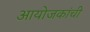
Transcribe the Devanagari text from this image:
आयोजकांची